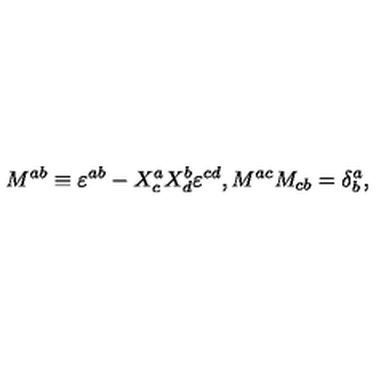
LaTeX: M ^ { a b } \equiv \varepsilon ^ { a b } - X _ { c } ^ { a } X _ { d } ^ { b } \varepsilon ^ { c d } , M ^ { a c } M _ { c b } = \delta _ { b } ^ { a } ,